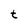
Character: t